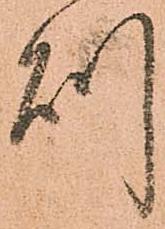
則